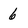
Character: 6